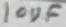
Text: 10UF